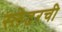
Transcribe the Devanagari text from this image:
स्लेटरची